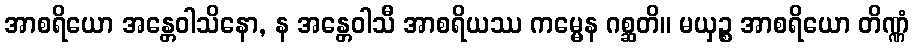
အာစရိယော အန္တေဝါသိနော, န အန္တေဝါသီ အာစရိယဿ ကမ္မေန ဂစ္ဆတိ။ မယှဉ္စ အာစရိယော တိဏ္ဏံ